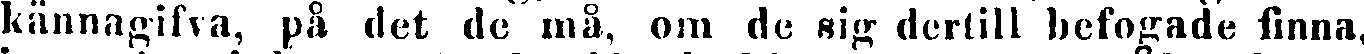
kännagifva, på det de må, om de sig dertill befogade finna,